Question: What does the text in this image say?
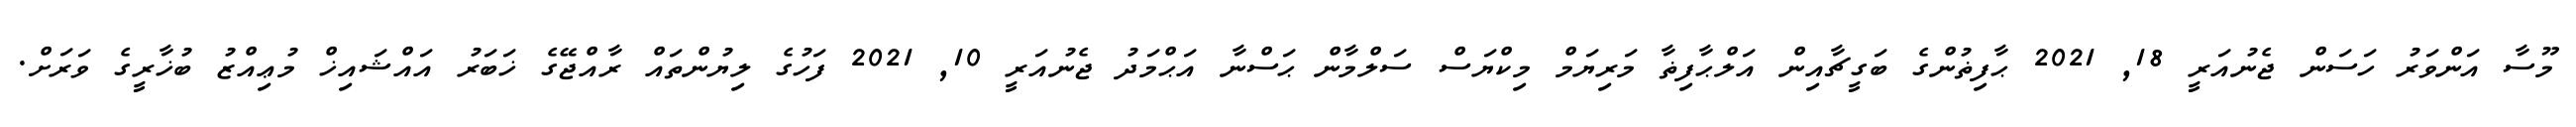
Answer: މޫސާ އަންވަރު ހަސަން ޖެނުއަރީ 18, 2021 ޙާފިޡުންގެ ބަގީޗާއިން އަލްޙާފިޡާ މަރިޔަމް މިކްޔަސް ސަލްމާން ޙަސްނާ އަޙްމަދު ޖެނުއަރީ 10, 2021 ފަހުގެ ލިޔުންތައް ރާއްޖޭގެ ޚަބަރު އައްޝައިޚް މުޢިއްޒު ބުޚާރީގެ ވަރަށް.